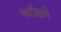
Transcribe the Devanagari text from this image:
फरीदाने